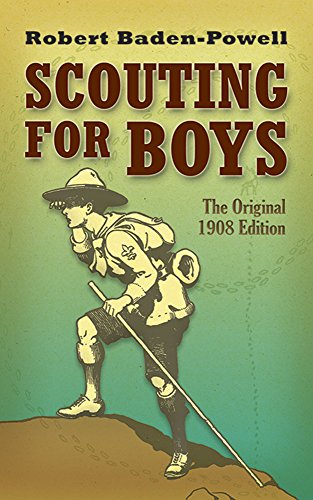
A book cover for Scouting for Boys: The Original 1908 Edition (Dover Books on Sports and Popular Recreations); Robert Baden-Powell; Children's Books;